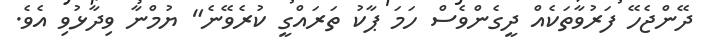
ދޭންޖެހޭ ފަރުވާތަކެއް ދީގެންވެސް ހަމަ ޕާކު ތަރައްގީ ކުރެވޭނެ" ޔުމްނާ ވިދާޅުވި އެވެ.